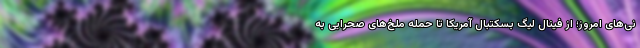
نی‌های امروز؛ از فینال لیگ بسکتبال آمریکا تا حمله ملخ‌های صحرایی به